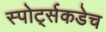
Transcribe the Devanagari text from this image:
स्पोर्ट्सकडेच